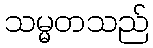
သမ္မတသည်